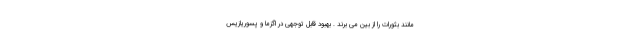
مانند بثورات را از بین می برند . بهبود قابل توجهی در اگزما و پسوریازیس